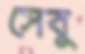
সেবু